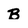
Character: B